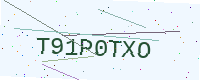
Text: T91P0TXO